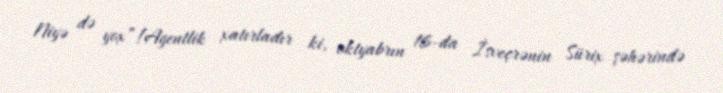
Niyə də yox”!Agentlik xatırladır ki, oktyabrın 16-da İsveçrənin Sürix şəhərində